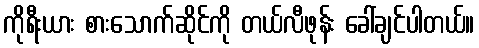
ကိုရီးယား စားသောက်ဆိုင်ကို တယ်လီဖုန်း ခေါ်ချင်ပါတယ်။